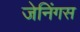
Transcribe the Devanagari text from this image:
जेनिंगस